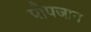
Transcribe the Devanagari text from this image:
पोपजान